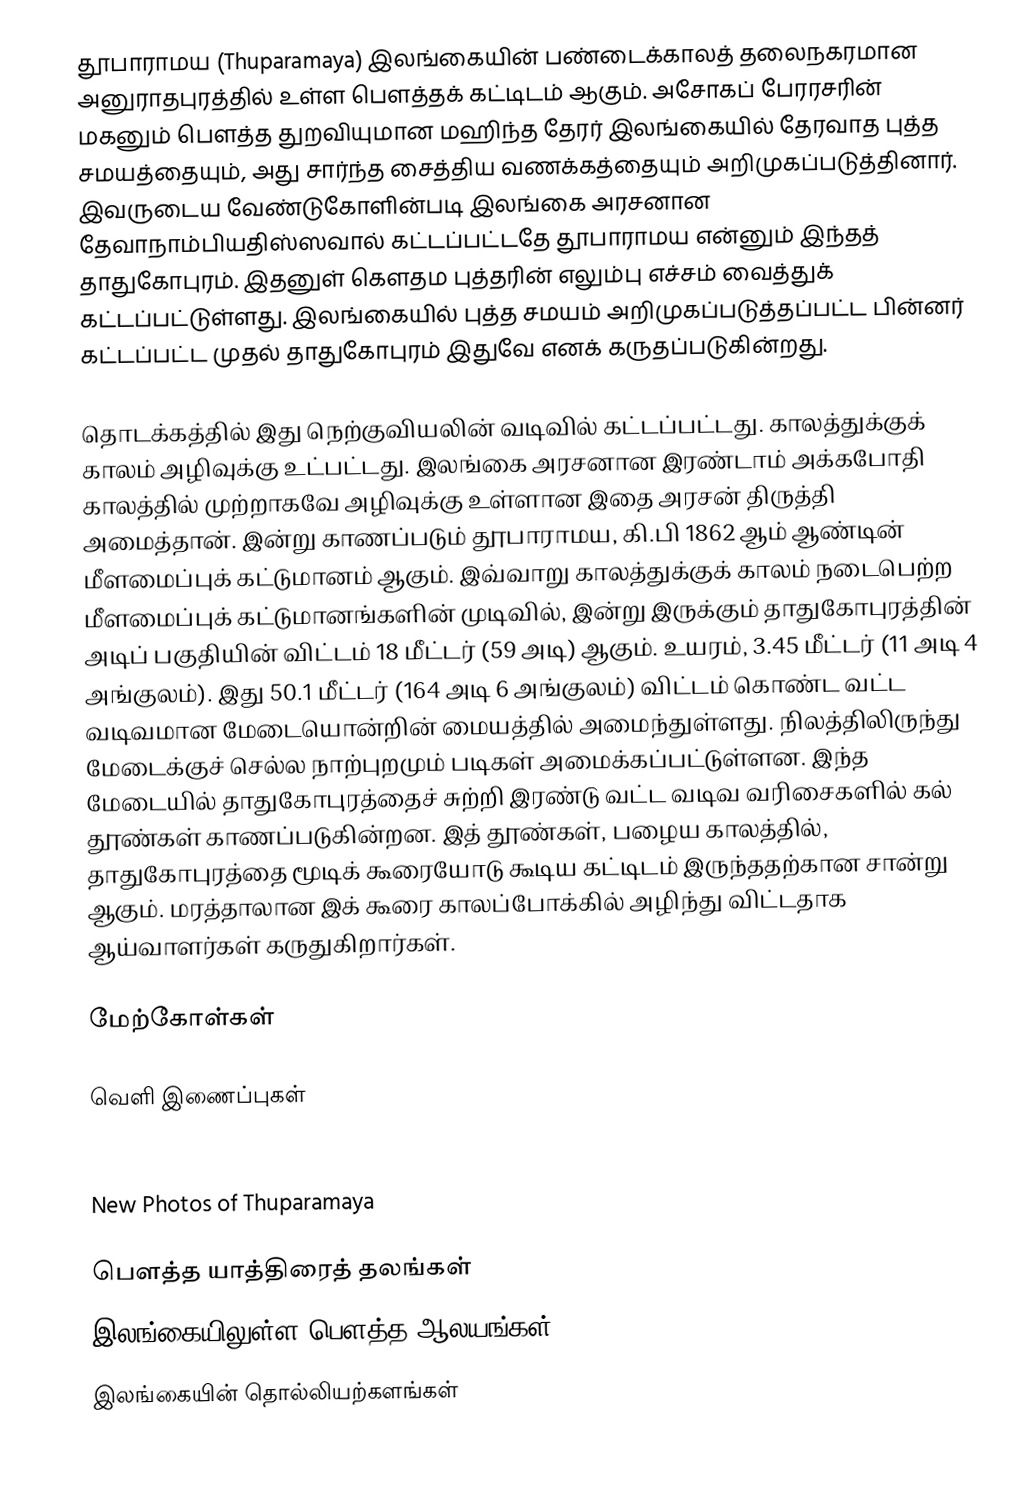
தூபாராமய (Thuparamaya)  இலங்கையின் பண்டைக்காலத் தலைநகரமான அனுராதபுரத்தில் உள்ள பௌத்தக் கட்டிடம் ஆகும். அசோகப் பேரரசரின் மகனும் பௌத்த துறவியுமான மஹிந்த தேரர் இலங்கையில் தேரவாத புத்த சமயத்தையும், அது சார்ந்த சைத்திய வணக்கத்தையும் அறிமுகப்படுத்தினார். இவருடைய வேண்டுகோளின்படி இலங்கை அரசனான தேவாநாம்பியதிஸ்ஸவால் கட்டப்பட்டதே தூபாராமய என்னும் இந்தத் தாதுகோபுரம். இதனுள் கௌதம புத்தரின் எலும்பு எச்சம் வைத்துக் கட்டப்பட்டுள்ளது. இலங்கையில் புத்த சமயம் அறிமுகப்படுத்தப்பட்ட பின்னர் கட்டப்பட்ட முதல் தாதுகோபுரம் இதுவே எனக் கருதப்படுகின்றது.

தொடக்கத்தில் இது நெற்குவியலின் வடிவில் கட்டப்பட்டது. காலத்துக்குக் காலம் அழிவுக்கு உட்பட்டது. இலங்கை அரசனான இரண்டாம் அக்கபோதி காலத்தில் முற்றாகவே அழிவுக்கு உள்ளான இதை அரசன் திருத்தி அமைத்தான். இன்று காணப்படும் தூபாராமய, கி.பி 1862 ஆம் ஆண்டின் மீளமைப்புக் கட்டுமானம் ஆகும். இவ்வாறு காலத்துக்குக் காலம் நடைபெற்ற மீளமைப்புக் கட்டுமானங்களின் முடிவில், இன்று இருக்கும் தாதுகோபுரத்தின் அடிப் பகுதியின் விட்டம் 18 மீட்டர் (59 அடி) ஆகும். உயரம், 3.45 மீட்டர் (11 அடி 4 அங்குலம்). இது 50.1 மீட்டர் (164 அடி 6 அங்குலம்) விட்டம் கொண்ட வட்ட வடிவமான மேடையொன்றின் மையத்தில் அமைந்துள்ளது. நிலத்திலிருந்து மேடைக்குச் செல்ல நாற்புறமும் படிகள் அமைக்கப்பட்டுள்ளன. இந்த மேடையில் தாதுகோபுரத்தைச் சுற்றி இரண்டு வட்ட வடிவ வரிசைகளில்  கல் தூண்கள் காணப்படுகின்றன. இத் தூண்கள், பழைய காலத்தில், தாதுகோபுரத்தை மூடிக் கூரையோடு கூடிய கட்டிடம் இருந்ததற்கான சான்று ஆகும். மரத்தாலான இக் கூரை காலப்போக்கில் அழிந்து விட்டதாக ஆய்வாளர்கள் கருதுகிறார்கள்.

மேற்கோள்கள்

வெளி  இணைப்புகள்

Discover Sri Lanka - more information & images about Thuparamaya
New Photos of Thuparamaya

பௌத்த யாத்திரைத் தலங்கள்
இலங்கையிலுள்ள பௌத்த ஆலயங்கள்
இலங்கையின் தொல்லியற்களங்கள்